Vaccination United Provinces of Agra and Oudh 1923-1928 - 1923-1928
Year: 1923
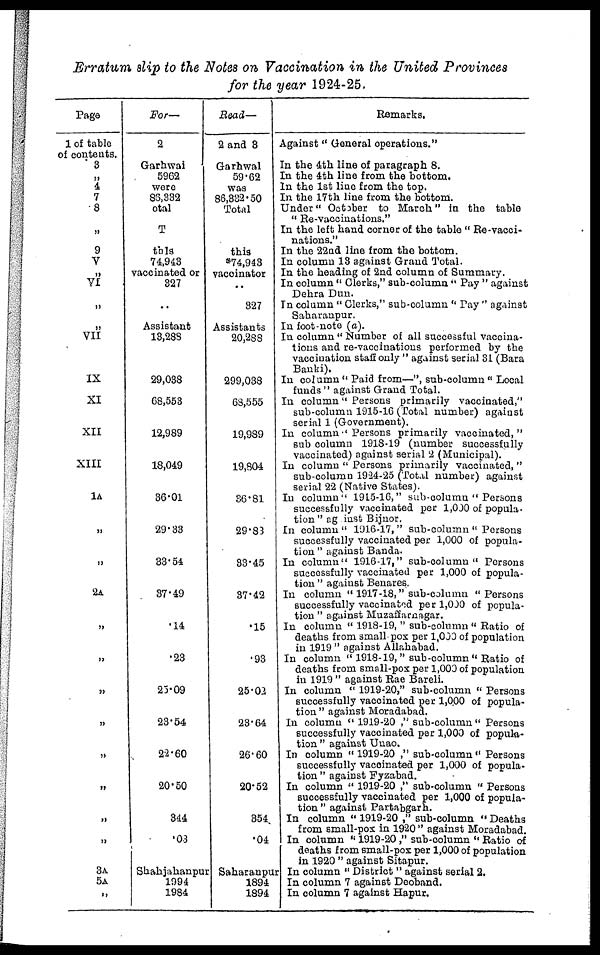
Erratum slip to the Notes on Vaccination in the United Provinces
for the year 1924-25.
Page
1 of table
of contents.
3
„
4
7
8
„
9
V
„
VI
„
„
VII
IX
XI
XII
XIII
1A
„
II
2A
„
„
„
„
„
„
„
„
3A
5A
„
For—
2
Garhwai
5962
were
86,332
otal
T
thls
74,943
vaccinated or
327
..
Assistant
13,288
29,038
68,553
12,989
18,049
36.01
29.33
33.54
37.49
.14
.23
25.09
23.54
22.60
20.50
344
.03
Shahjahanpur
1994
1984
Read—
2 and 3
Garhwal
59.62
was
86,332.50
Total
this
*74,943
vaccinator
..
327
Assistants
20,288
299,038
68,555
19,989
19,804
36.81
29.83
33.45
37.42
.15
.93
25.02
23.64
26.60
20.52
354
.04
Saharanpur
1894
1894
Remarks.
Against "General operations."
In the 4th line of paragraph 8.
In the 4th line from the bottom.
In the 1st line from the top.
In the 17th line from the bottom.
Under" October to March" in the table
" Re-vaccinations."
In the left hand corner of the table " Re-vacci-
nations."
In the 22nd line from the bottom.
In column 13 against Grand Total.
In the heading of 2nd column of Summary.
In column " Clerks," sub-column " Pay " against
Dehra Dun.
In column " Clerks," sub-column " Pay " against
Saharanpur.
In foot-note (a).
In column " Number of all successful vaccina-
tions and re-vaccinations performed by the
vaccination staff only " against serial 31 (Bara
Banki).
In column " Paid from—", sub-column " Local
funds" against Grand Total.
In column" Persons primarily vaccinated,"
sub-column 1915-16 (Total number) against
serial 1 (Government).
In column " Persons primarily vaccinated,"
sub column 1918-19 (number successfully
vaccinated) against serial 2 (Municipal).
In column " Persons primarily vaccinated, "
sub-column 1924-25 (Total number) against
serial 22 (Native States).
In column" 1915-16," sub-column " Persons
successfully vaccinated per 1,000 of popula-
tion " against Bijnor.
In column" 1916-17," sub-column " Persons
successfully vaccinated per 1,000 of popula-
tion " against Banda.
In column" 1916-17," sub-column " Persons
successfully vaccinated per 1,000 of popula-
tion " against Benares.
In column " 1917-18," sub-column "Persons
successfully vaccinated per 1,000 of popula-
tion " against Muzafftarnagar.
In column " 1918-19, " sub-column " Ratio of
deaths from small pox per 1,000 of population
in 1919" against Allahabad.
In column " 1918-19, " sub-column " Ratio of
deaths from small-pox per 1,000 of population
in 1919" against Rae Bareli.
In column " 1919-20," sub-column " Persons
successfully vaccinated per 1,000 of popula-
tion " against Moradabad.
In column " 1919-20 ," sub-column " Persons
successfully vaccinated per 1,000 of popula-
tion " against Unao.
In column " 1919-20 ," sub-column " Persons
successfully vaccinated per 1,000 of popula-
tion " against Fyzabad.
In column " 1919-20 ," sub-column " Persons
successfully vaccinated per 1,000 of popula-
tion " against Partabgarh.
In column " 1919-20 ," sub-column " Deaths
from small-pox in 1920" against Moradabad.
In column " 1919-20 ," sub-column " Ratio of
deaths from small-pox per 1,000 of population
in 1920 " against Sitapur.
In column " District " against serial 2.
In column 7 against Deoband.
In column 7 against Hapur.